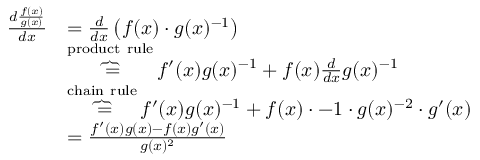
\begin{array} { r l } { \frac { d \frac { f ( x ) } { g ( x ) } } { d x } } & { = \frac { d } { d x } \left( f ( x ) \cdot g ( x ) ^ { - 1 } \right) } \\ & { \overbrace { = } ^ { \mathrm { p r o d u c t ~ r u l e } } f ^ { \prime } ( x ) g ( x ) ^ { - 1 } + f ( x ) \frac { d } { d x } g ( x ) ^ { - 1 } } \\ & { \overbrace { = } ^ { \mathrm { c h a i n ~ r u l e } } f ^ { \prime } ( x ) g ( x ) ^ { - 1 } + f ( x ) \cdot - 1 \cdot g ( x ) ^ { - 2 } \cdot g ^ { \prime } ( x ) } \\ & { = \frac { f ^ { \prime } ( x ) g ( x ) - f ( x ) g ^ { \prime } ( x ) } { g ( x ) ^ { 2 } } } \end{array}